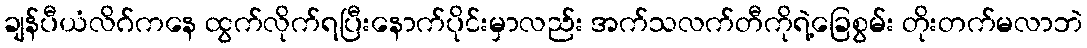
ချန်ပီယံလိဂ်ကနေ ထွက်လိုက်ရပြီးနောက်ပိုင်းမှာလည်း အက်သလက်တီကိုရဲ့ခြေစွမ်း တိုးတက်မလာဘဲ